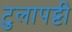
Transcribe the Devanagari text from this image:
टुलापट्टी